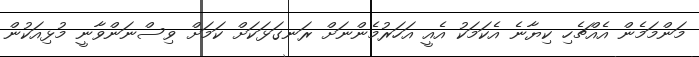
މަންމަމެން އެއްޗެހި ކިޔާނެ އެކަމަކު އެއީ އަހަރުމެންނަށް ރަނގަޅަކަށް ކަމަށް ވިސްނަންވާނީ މުޅިއަކުން